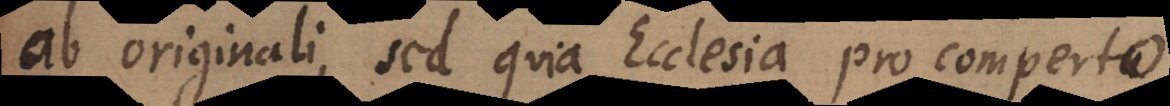
ab originali, sed quia Ecclesia pro comperto